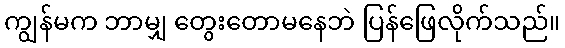
ကျွန်မက ဘာမျှ တွေးတောမနေဘဲ ပြန်ဖြေလိုက်သည်။